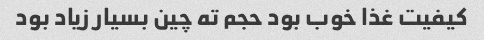
کیفیت غذا خوب بود حجم ته چین بسیار زیاد بود